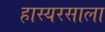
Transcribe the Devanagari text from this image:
हास्यरसाला